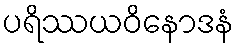
ပရိဿယဝိနောဒနံ